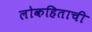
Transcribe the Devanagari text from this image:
लोकहिताची